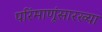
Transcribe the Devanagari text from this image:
परिंमाणूंसारख्या